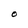
Character: O